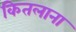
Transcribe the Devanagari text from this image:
कितलाना